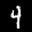
Label: 4